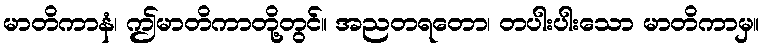
မာတိကာနံ၊ ဤမာတိကာတို့တွင်။ အညတရတော၊ တပါးပါးသော မာတိကာမှ။